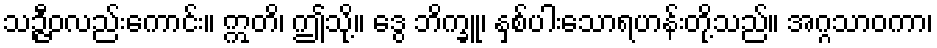
သဉ္ဇီဝလည်းကောင်း။ ဣတိ၊ ဤသို့။ ဒွေ ဘိက္ခူ၊ နှစ်ပါးသောရဟန်းတို့သည်။ အဂ္ဂသာဝကာ၊